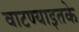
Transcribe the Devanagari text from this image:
वाटण्याइतके